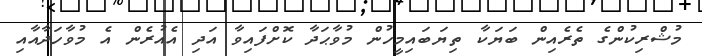
މުޝްރިކުންގެ ތެރެއިން ބަޔަކާ ތިޔަބައިމީހުން މުވާޙަދާ ކޮށްފައިވާ އަދި އެއުރެން އެ މުވާހަދާއާއި